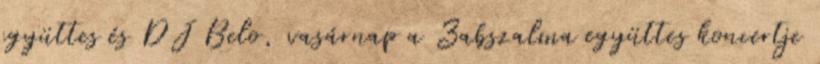
együttes és DJ Belo, vasárnap a Zabszalma együttes koncertje